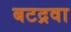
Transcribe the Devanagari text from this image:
बटद्रवा